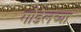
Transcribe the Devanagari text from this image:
गोडेलच्या